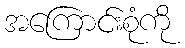
အကြောင်းစုံကို